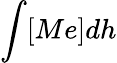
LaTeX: \int[Me]dh